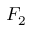
F _ { 2 }